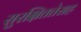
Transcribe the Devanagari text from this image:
सुरक्षिततेसह